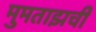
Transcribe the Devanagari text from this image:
मुमताझची